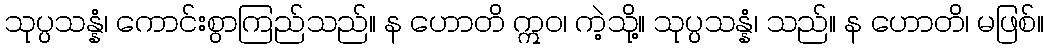
သုပ္ပသန္နံ၊ ကောင်းစွာကြည်သည်။ န ဟောတိ ဣဝ၊ ကဲ့သို့။ သုပ္ပသန္နံ၊ သည်။ န ဟောတိ၊ မဖြစ်။